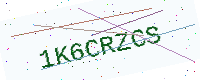
Text: 1K6CRZCS